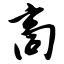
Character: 商